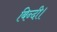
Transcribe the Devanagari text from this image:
बिन्दी।